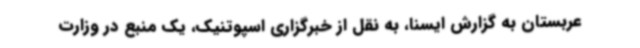
عربستان به گزارش ایسنا، به نقل از خبرگزاری اسپوتنیک، یک منبع در وزارت